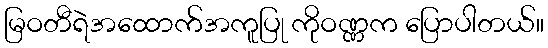
မြဝတီရဲအထောက်အကူပြု ကိုဝဏ္ဏက ပြောပါတယ်။